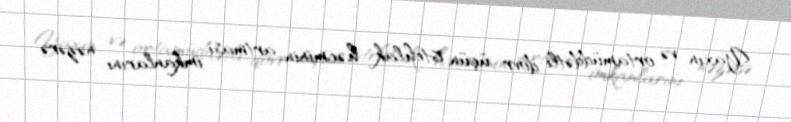
Yaxın və ortamüddətli dövr üçün istehlak həcminin artması imkanlarını nəzərə